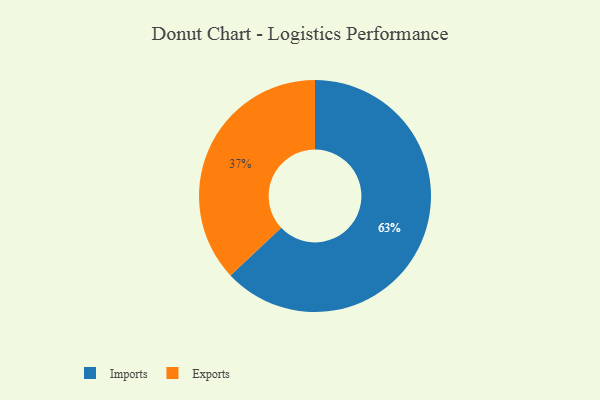
{"axis": {"x": "Category", "y": "Percentage"}, "legend": ["Exports", "Imports"], "data": [{"x": "Imports", "y": 63, "type": "Imports"}, {"x": "Exports", "y": 37, "type": "Exports"}]}